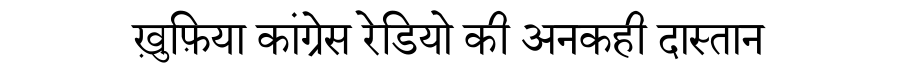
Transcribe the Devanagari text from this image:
ख़ुफ़िया कांग्रेस रेडियो की अनकही दास्तान